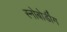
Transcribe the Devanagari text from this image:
स्नोबोर्डींग